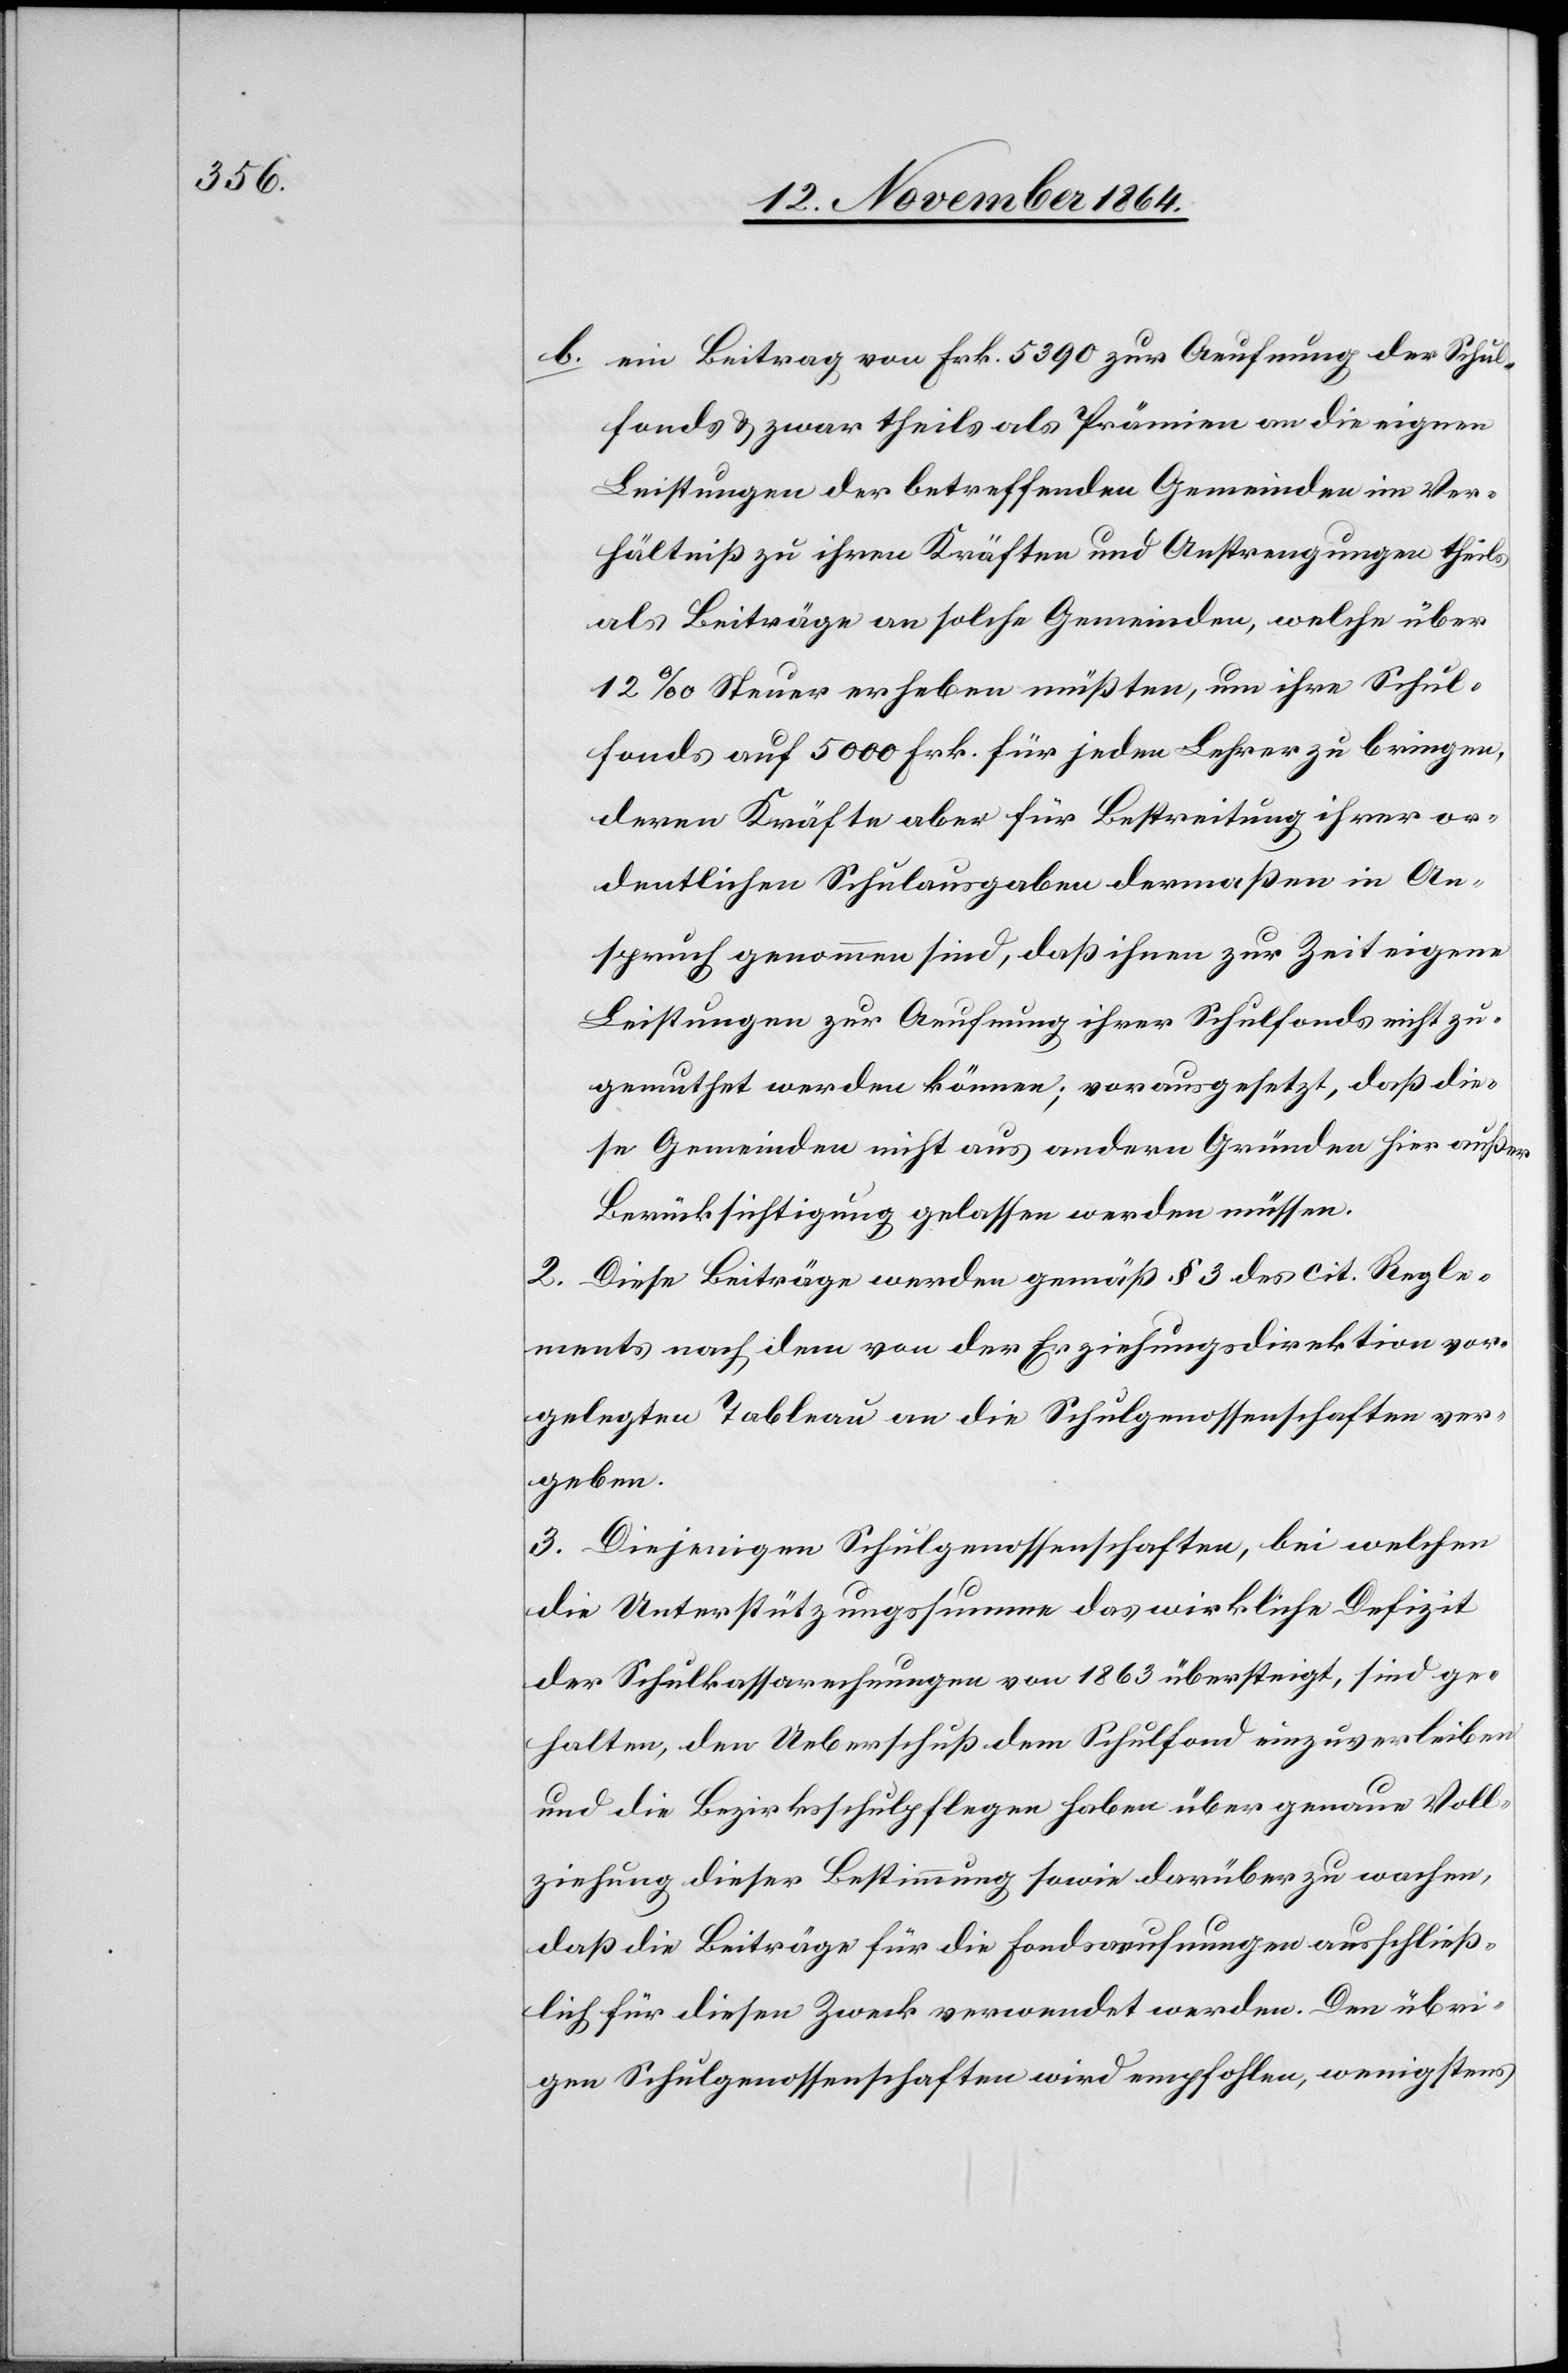
b.	ein Beitrag von Frk. 5390 zur Aeufnung der Schul¬
fonds & zwar theils als Prämien an die eignen
Leistungen der betreffenden Gemeinden im Ver¬
hältniß zu ihren Kräften und Anstrengungen theils
als Beiträge an solche Gemeinden, welche über
12‰ Steuer erheben müßten, um ihre Schul¬
fonds auf 5000 Frk. für jeden Lehrer zu bringen,
deren Kräfte aber für Bestreitung ihrer or¬
dentlichen Schulausgaben dermaßen in An¬
spruch genommen sind, daß ihnen zur Zeit eigene
Leistungen zur Aeufnung ihrer Schulfonds nicht zu¬
gemuthet werden können; vorausgesetzt, daß die¬
se Gemeinden nicht aus andern Gründen hier außer
Berücksichtigung gelassen werden müssen.
2. Diese Beiträge werden gemäß § 3 des cit. Regle¬
ments nach dem von der Erziehungsdirektion vor¬
gelegten Tableau an die Schulgenossenschaften ver¬
geben.
3. Diejenigen Schulgenossenschaften, bei welchen
die Unterstützungssumme das wirkliche Defizit
der Schulkassarechnungen von 1863 übersteigt, sind ge¬
halten, den Ueberfluß dem Schulfond einzuverleiben
und die Bezirksschulpflegen haben über genaue Voll¬
ziehung dieser Bestimmung sowie darüber zu wachen,
daß die Beiträge für die Fondsaeufnungen ausschließ¬
lich für diesen Zweck verwendet werden. Den übri¬
gen Schulgenossenschaften wird empfohlen, wenigstens